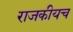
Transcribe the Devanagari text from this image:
राजकीयच